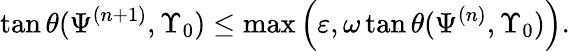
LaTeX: \tan\theta(\Psi^{(n+1)},\Upsilon_{0})\leq\operatorname*{max}\Big(\varepsilon,\omega\tan\theta(\Psi^{(n)},\Upsilon_{0})\Big).